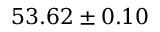
5 3 . 6 2 \pm 0 . 1 0